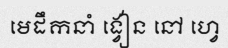
មេដឹកនាំ ង្វៀន នៅ ហ្វេ